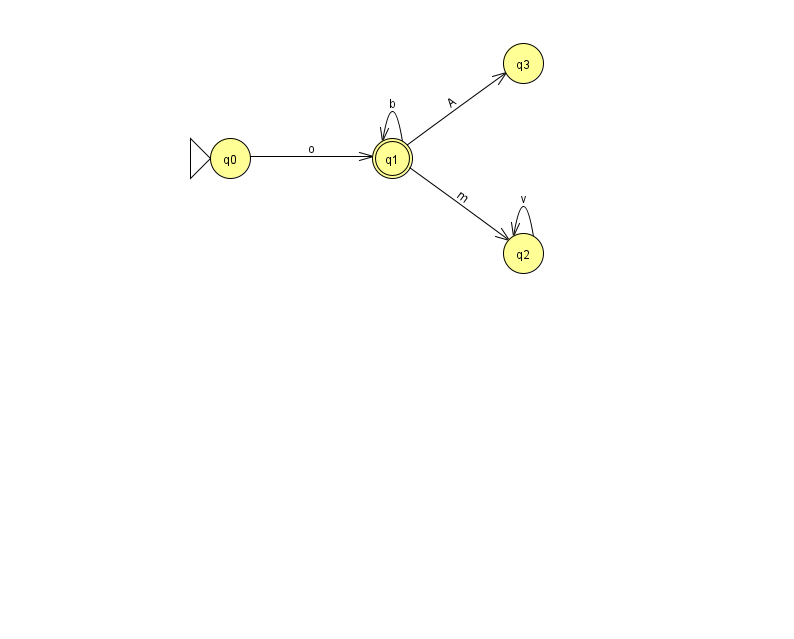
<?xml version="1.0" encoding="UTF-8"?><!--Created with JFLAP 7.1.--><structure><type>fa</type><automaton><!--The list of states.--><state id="0" name="q0"><x>230.0</x><y>145.0</y><initial/></state><state id="1" name="q1"><x>392.0</x><y>145.0</y><final/></state><state id="2" name="q2"><x>523.0</x><y>240.0</y></state><state id="3" name="q3"><x>523.0</x><y>50.0</y></state><!--The list of transitions.--><transition><from>1</from><to>2</to><read>m</read></transition><transition><from>1</from><to>1</to><read>b</read></transition><transition><from>2</from><to>2</to><read>v</read></transition><transition><from>0</from><to>1</to><read>o</read></transition><transition><from>1</from><to>3</to><read>A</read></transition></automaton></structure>